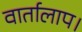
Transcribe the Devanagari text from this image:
वार्तालाप।